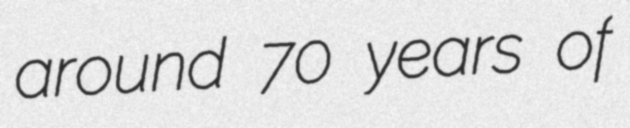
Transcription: around 70 years of